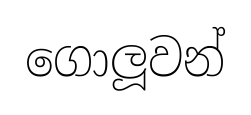
ගොලූවන්